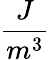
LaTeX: \frac{J}{m^{3}}